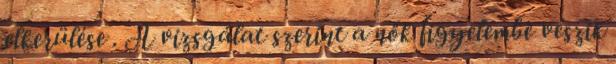
elkerülése . A vizsgálat szerint a nők ﬁgyelembe veszik